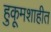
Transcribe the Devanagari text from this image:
हुकूमशाहीत